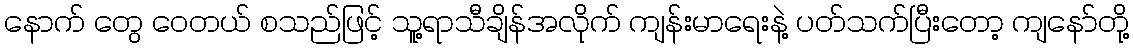
နောက် တွေ ဝေတယ် စသည်ဖြင့် သူ့ရာသီချိန်အလိုက် ကျန်းမာရေးနဲ့ ပတ်သက်ပြီးတော့ ကျနော်တို့